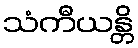
သံကီယန္တိ